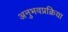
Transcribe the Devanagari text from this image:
अनुभवप्रक्रिया